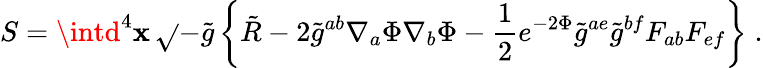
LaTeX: S=\intd^{4}\mathbf{x}\, \sqrt{}{{-\tilde{{g}}}}\left\{ \tilde{{R}}-2\tilde{{g}}^{ab}\nabla_{a}\Phi\nabla_{b}\Phi-{\frac{{1}}{{2}}}e^{-2\Phi}\tilde{{g}}^{ae}\tilde{{g}}^{bf}F_{ab}F_{ef}\right\} \; .